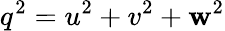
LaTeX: q^{2}=u^{2}+v^{2}+\mathbf{w}^{2}